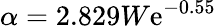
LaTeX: \alpha=2.829W\mathrm{e}^{-0.55}